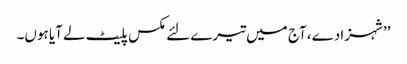
’’شہزادے، آج میں تیرے لئے مکس پلیٹ لے آیا ہوں۔